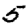
Digit: 5